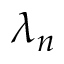
\lambda _ { n }